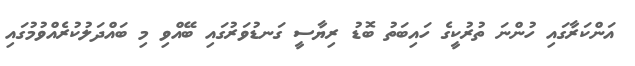
އަންކަރާގައި ހުންނަ ތުރުކީގެ ހައިބަތު ބޮޑު ރިޔާސީ ގަނޑުވަރުގައި ބޭއްވި މި ބައްދަލުކުރެއްވުމުގައި